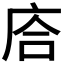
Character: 𢈈